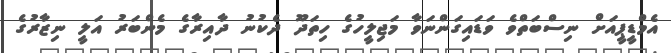
އެމްޑީޕީއަށް ނިސްބަތްވެ ވަޑައިގަންނަވާ މަޖިލީހުގެ ހިތަދޫ ދެކުނު ދާއިރާގެ މެންބަރު އަލީ ނިޒާރުގެ